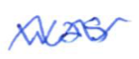
Text: was
Cross-out: wave
Writing tool: ballpoint